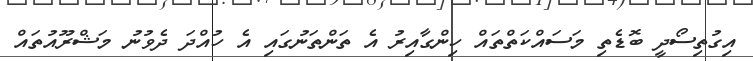
އިގުތިސޯދީ ބޮޑެތި މަަސައްކަތްތައް ހިންގާއިރު އެ ތަންތަނުގައި އެ ހުއްދަ ދެވުނު މަޝްރޫއުތައް